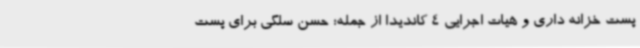
پست خزانه داری و هیات اجرایی 4 کاندیدا از جمله؛ حسن سلگی برای پست